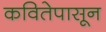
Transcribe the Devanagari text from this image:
कवितेपासून